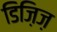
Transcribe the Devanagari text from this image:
डिज़िज़